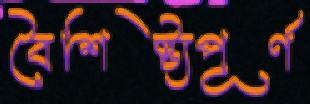
বৈশিষ্ট্যপূর্ণ